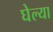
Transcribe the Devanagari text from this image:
घेल्या